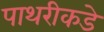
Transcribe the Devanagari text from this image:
पाथरीकडे